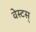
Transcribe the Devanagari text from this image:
वेस्टस्‌